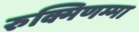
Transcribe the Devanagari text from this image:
रुक्मिणम्मा